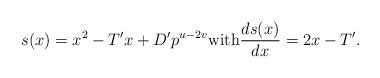
LaTeX: \begin{align*}s(x)=x^2-T'x+D'p^{u-2v}\mathrm{with}\frac{ds(x)}{dx}=2x-T'.\end{align*}